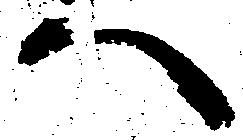
へ